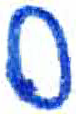
אות: ס